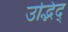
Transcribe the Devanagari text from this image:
उद्भिद्